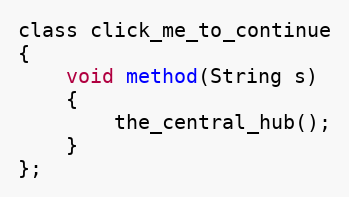
Language: C
class click_me_to_continue
{
	void method(String s)
	{
		the_central_hub();
	}
};